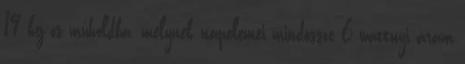
19 kg-os műholdba, melynek napelemei mindössze 6 wattnyi áram